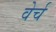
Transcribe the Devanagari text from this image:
वेर्च